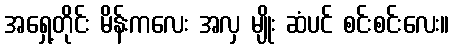
အရှေ့တိုင်း မိန်းကလေး အလှ မျိုး ဆံပင် စင်းစင်းလေး။